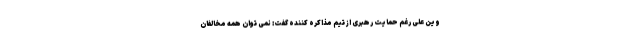
وین علی رغم حمایت رهبری از تیم مذاکره کننده گفت: نمی توان همه مخالفان